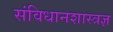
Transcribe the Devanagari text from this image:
संविधानशास्त्रज्ञ